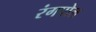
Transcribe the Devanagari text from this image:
रंगपोल